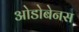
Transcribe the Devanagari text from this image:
ओडोबेनस